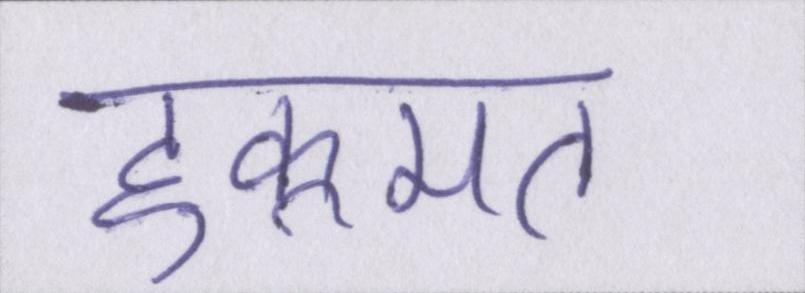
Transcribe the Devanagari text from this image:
हुकूमत